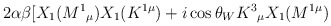
\begin{align*}2\alpha \beta \lbrack X_{1}(M^{1}{}_{\mu })X_{1}(K^{1\mu })+i\cos \theta_{W}K^{3}{}_{\mu }X_{1}(M^{1\mu })\end{align*}